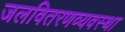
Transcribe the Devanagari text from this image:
जलवितरणव्यवस्था